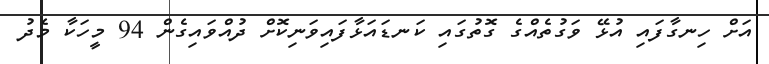
އަށް ހިނގާފައި އުޅޭ ވަގުތެއްގެ ގޮތުގައި ކަނޑައަޅާފައިވަނިކޮށް ދުއްވައިގެން 94 މީހަކާ މެދު